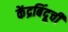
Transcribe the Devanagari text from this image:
केंद्रबिंदूची